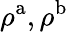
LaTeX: \rho^{\mathrm{a}},\rho^{\mathrm{b}}